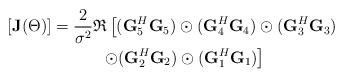
LaTeX: \begin{align*} \left[\mathbf{J}(\Theta)\right] &=\frac{2}{\sigma^2}\mathfrak{R}\left[(\mathbf{G}_5^H\mathbf{G}_5)\odot(\mathbf{G}_4^H\mathbf{G}_4)\odot(\mathbf{G}_3^H\mathbf{G}_3) \right.\\ &\quad\quad\quad\left. \odot(\mathbf{G}_2^H\mathbf{G}_2) \odot(\mathbf{G}_1^H\mathbf{G}_1)\right]\end{align*}